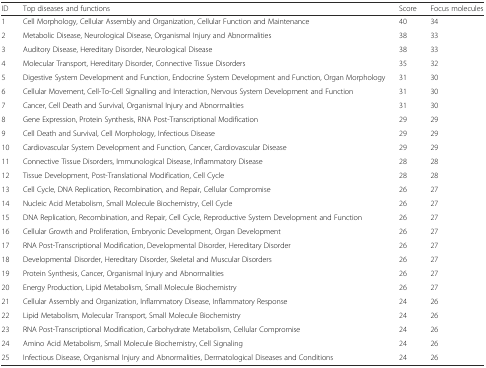
| ID | Top diseases and functions | Score | Focus molecules |
 | --- | --- | --- | --- |
 | 1 | Cell Morphology, Cellular Assembly and Organization, Cellular Function and Maintenance | 40 | 34 |
 | 2 | Metabolic Disease, Neurological Disease, Organismal Injury and Abnormalities | 38 | 33 |
 | 3 | Auditory Disease, Hereditary Disorder, Neurological Disease | 38 | 33 |
 | 4 | Molecular Transport, Hereditary Disorder, Connective Tissue Disorders | 35 | 32 |
 | 5 | Digestive System Development and Function, Endocrine System Development and Function, Organ Morphology | 31 | 30 |
 | 6 | Cellular Movement, Cell-To-Cell Signalling and Interaction, Nervous System Development and Function | 31 | 30 |
 | 7 | Cancer, Cell Death and Survival, Organismal Injury and Abnormalities | 31 | 30 |
 | 8 | Gene Expression, Protein Synthesis, RNA Post-Transcriptional Modification | 29 | 29 |
 | 9 | Cell Death and Survival, Cell Morphology, Infectious Disease | 29 | 29 |
 | 10 | Cardiovascular System Development and Function, Cancer, Cardiovascular Disease | 29 | 29 |
 | 11 | Connective Tissue Disorders, Immunological Disease, Inflammatory Disease | 28 | 28 |
 | 12 | Tissue Development, Post-Translational Modification, Cell Cycle | 28 | 28 |
 | 13 | Cell Cycle, DNA Replication, Recombination, and Repair, Cellular Compromise | 26 | 27 |
 | 14 | Nucleic Acid Metabolism, Small Molecule Biochemistry, Cell Cycle | 26 | 27 |
 | 15 | DNA Replication, Recombination, and Repair, Cell Cycle, Reproductive System Development and Function | 26 | 27 |
 | 16 | Cellular Growth and Proliferation, Embryonic Development, Organ Development | 26 | 27 |
 | 17 | RNA Post-Transcriptional Modification, Developmental Disorder, Hereditary Disorder | 26 | 27 |
 | 18 | Developmental Disorder, Hereditary Disorder, Skeletal and Muscular Disorders | 26 | 27 |
 | 19 | Protein Synthesis, Cancer, Organismal Injury and Abnormalities | 26 | 27 |
 | 20 | Energy Production, Lipid Metabolism, Small Molecule Biochemistry | 26 | 27 |
 | 21 | Cellular Assembly and Organization, Inflammatory Disease, Inflammatory Response | 24 | 26 |
 | 22 | Lipid Metabolism, Molecular Transport, Small Molecule Biochemistry | 24 | 26 |
 | 23 | RNA Post-Transcriptional Modification, Carbohydrate Metabolism, Cellular Compromise | 24 | 26 |
 | 24 | Amino Acid Metabolism, Small Molecule Biochemistry, Cell Signaling | 24 | 26 |
 | 25 | Infectious Disease, Organismal Injury and Abnormalities, Dermatological Diseases and Conditions | 24 | 26 |